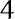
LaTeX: \mathfrak{4}